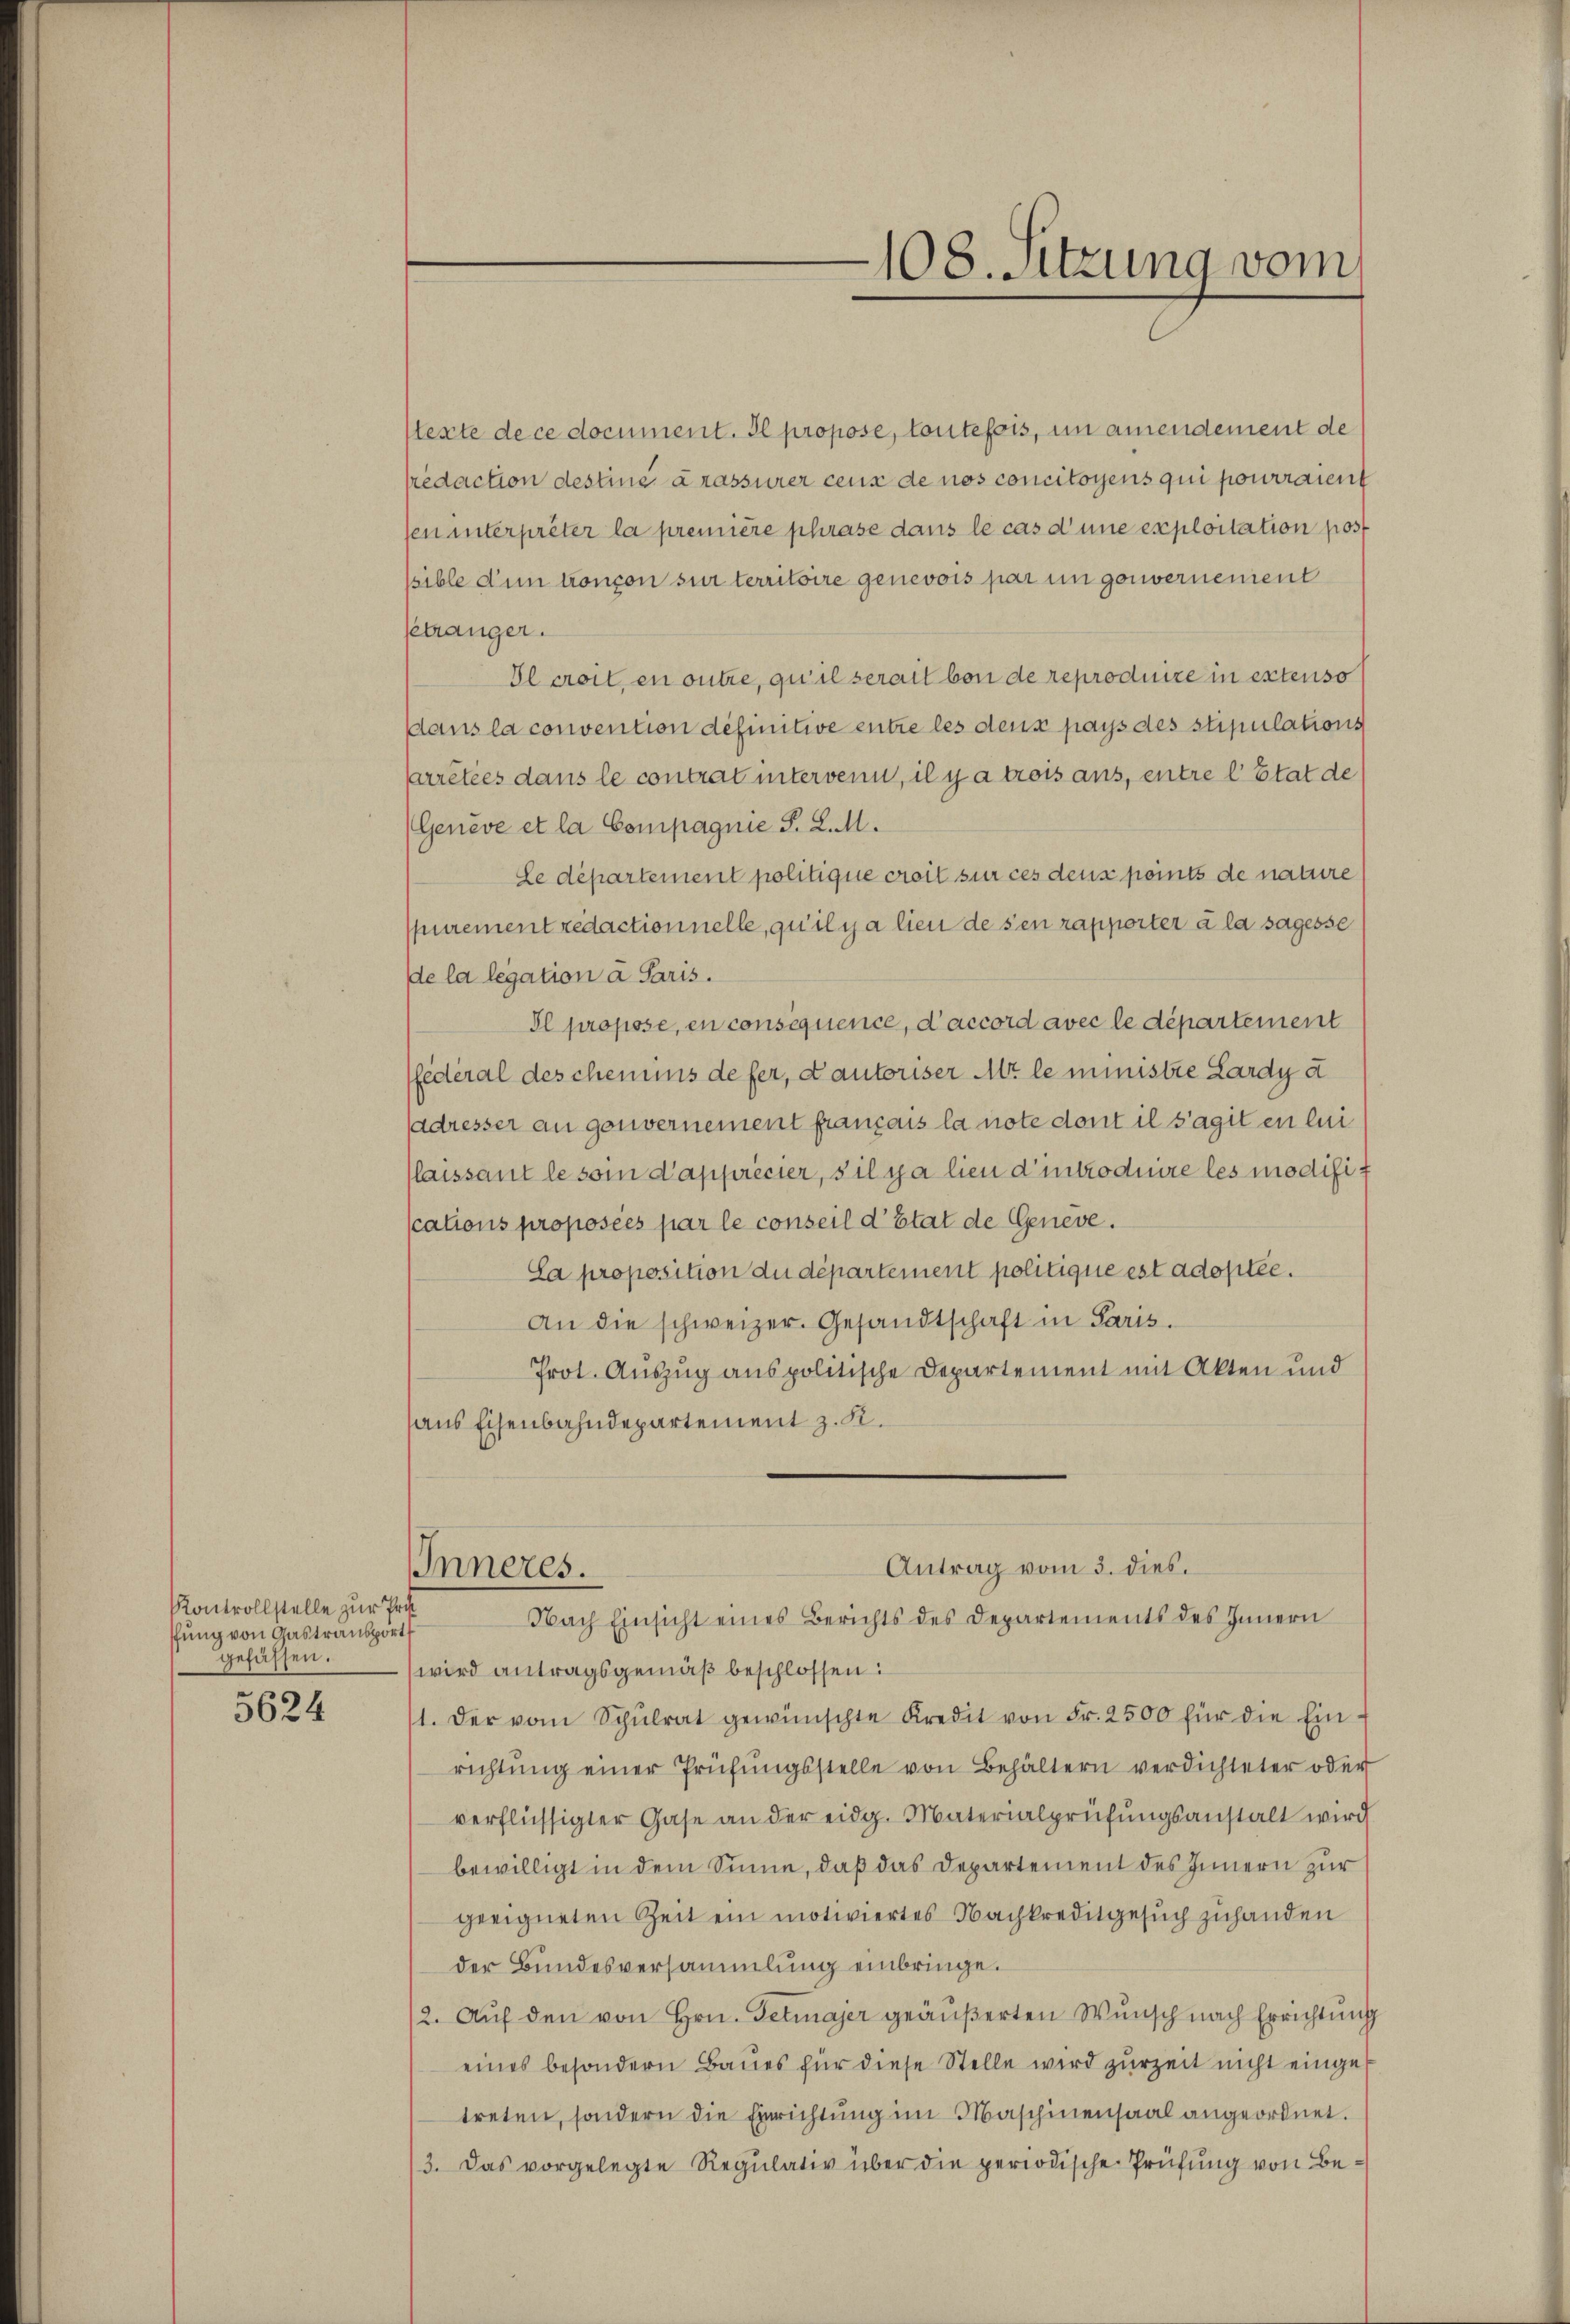
Kontrollstelle zur Pro
ffung von Gastransport
gefässen.

5624

stexte de ce document. Il propose, toutefois, in amendement de
sredaction destine arassurer ceux de nos concitoyens qui pourraient
sen unterprêter la première phrase dans le cas d’une exploitation post
sible d’un tronçon sur territoire genevois par in gouvernement
Getränger.
Il croit, en outre, qu’il serait von de reproduire in extenso
dans la convention definitive entre les deus pays des stipulations
arrêtées dans le contrat intervenn, il y a trois aus, entre l Etat de
(Genève et la Compagnie P. L. M.
Le département politique croit sur ces deus points de nature
purement redactionnelle, qu’il y a lieu de sen rapporter à la sagesse
de la legation à Paris.
Il propose, en consequence, d’accord avec le département
federal des chemins defer, Kautoriser Alt le ministre Lardy d
adresser an gouvernement français la note dont il s’agit en lui
(laissant le soi d’apprécier, s’il y a lieu d’introduire les modifiz
scations proposées par le conseil d’Etat de Geneve.
La proposition du département politique est adoptée.
An die schweizer. Gesandtschaft in Paris.
Prot. Auszug aus politische Departement mit Akten und
aus Eisenbahndepartement z. K.

Inneres.

wird antragsgemäß beschlossen:
1. Der vom Schŭlrat gewünschte Kredit von Fr. 2500 für die Ein-
richtŭng einer Prüfŭngsstelle von Behältern verdichteter oder
verflüssigter Gase an der eidg. Materialprüfŭngsanstalt wird
bewilligt in dem Sinne, daß das Departement des Innern zur
geeigneten Zeit ein motiviertes Nachkreditgesŭch zuhanden
der Bundesversammlung einbringe.
2. Auf den von Hrn. Getmajer geäußerten Wunsch nach Errichtung
eines besondern Baues für diese Stelle wird zurzeit nicht einge
treten, sondern die Einrichtung im Maschinensaal angeordnet.
/3. Das vorgelegte Regulativ über die periodische Prüfung von Be¬

.
108. Sitzung vom

Antrag vom 3. dies.
Nach Einsicht eines Berichts des Departements des Innern